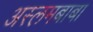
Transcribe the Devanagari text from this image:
अस्लमबाबा